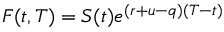
F ( t , T ) = S ( t ) e ^ { ( r + u - q ) ( T - t ) }